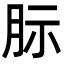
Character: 䏡